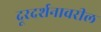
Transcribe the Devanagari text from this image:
दूरदर्शनावरील